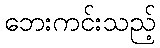
ဘေးကင်းသည့်